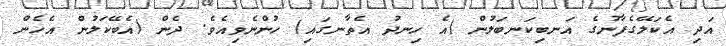
އަދި އެކަލޭގެފާނުގެ އަނބިކަނބަލުން (އެ ހިނދު އެތާނގައި) ހުންނެވިއެވެ. ދެން (އެބޭކަލުން އެހެން